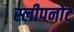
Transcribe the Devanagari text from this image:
स्लीपनोट